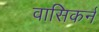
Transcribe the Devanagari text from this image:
वासिकर्न